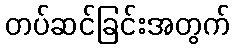
တပ်ဆင်ခြင်းအတွက်